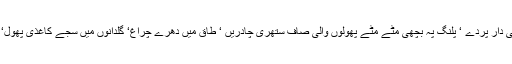
نیم تاریک کمرہ‘ ٹھنڈی دیواریں ‘ کھڑکیوں پہ لٹکتے جالی دار پردے ‘ پلنگ پہ بچھی مٹے مٹے پھولوں والی صاف ستھری چادریں ‘ طاق میں دھرے چراغ‘ گلدانوں میں سجے کاغذی پھول‘ دیوار پہ سجی مسجدنبویﷺ کی تصویر ‘ دھندلا سا آئینہ ۔